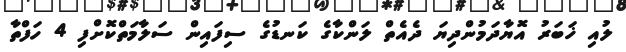
ލުއި ޚަބަރު އޮޔާދަމުންދިޔަ ދެއެތް ލަންކާގެ ކަނޑުގެ ސިފައިން ސަލާމަތްކޮށްފި 4 ހަފްތާ